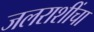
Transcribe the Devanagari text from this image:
जलराशींचा